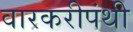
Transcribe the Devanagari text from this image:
वारकरीपंथी